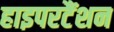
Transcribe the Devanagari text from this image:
हाइपरटैंशन